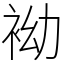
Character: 袎